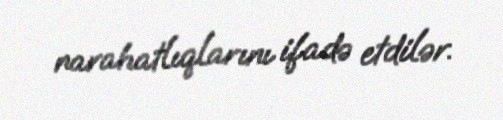
narahatlıqlarını ifadə etdilər.